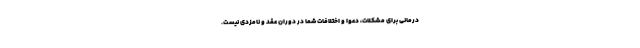
درمانی برای مشکلات، دعوا و اختلافات شما در دوران عقد و نامزدی نیست.